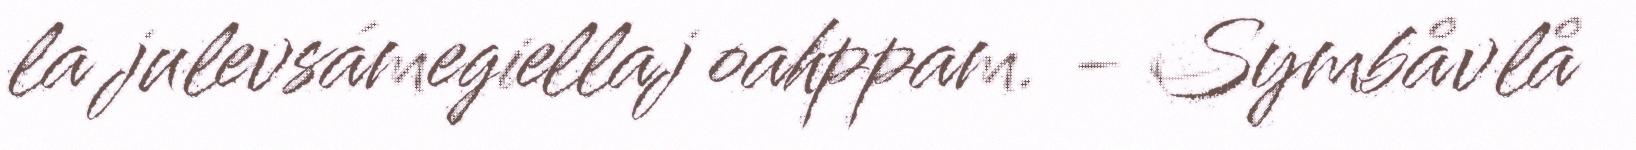
la julevsámegiellaj oahppam. - Symbåvlå